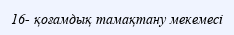
16- қоғамдық тамақтану мекемесі